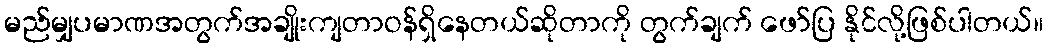
မည်မျှပမာဏအတွက်အချိုးကျတာဝန်ရှိနေတယ်ဆိုတာကို တွက်ချက် ဖော်ပြ နိုင်လို့ဖြစ်ပါတယ်။